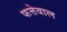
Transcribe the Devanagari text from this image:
फत्तेवाल